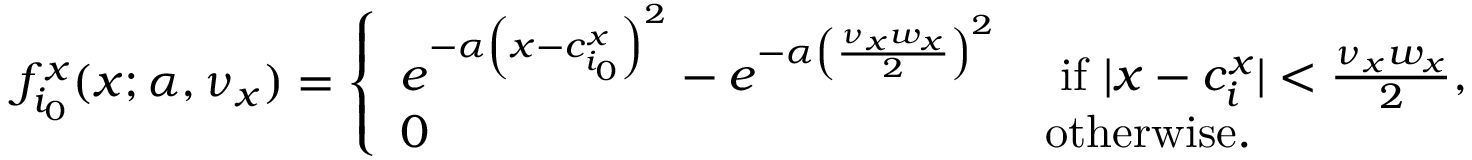
f _ { i _ { 0 } } ^ { x } ( x ; \alpha , \nu _ { x } ) = \left\{ \begin{array} { l l } { e ^ { - \alpha \left( x - c _ { i _ { 0 } } ^ { x } \right) ^ { 2 } } - e ^ { - \alpha \left( \frac { \nu _ { x } w _ { x } } { 2 } \right) ^ { 2 } } } & { \mathrm { ~ i f ~ } \lvert x - c _ { i } ^ { x } \rvert < \frac { \nu _ { x } w _ { x } } { 2 } , } \\ { 0 } & { \mathrm { o t h e r w i s e . } } \end{array} \right.